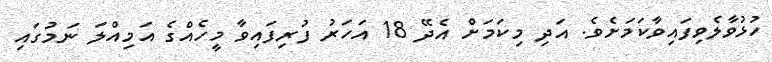
ހުޅުވާލެވިފައިވާކަމަށެވެ. އަދި މިކަމަށް އެދޭ 18 އަހަރު ފުރިފައިވާ މީހެއްގެ އަމިއްލަ ނަމުގައި